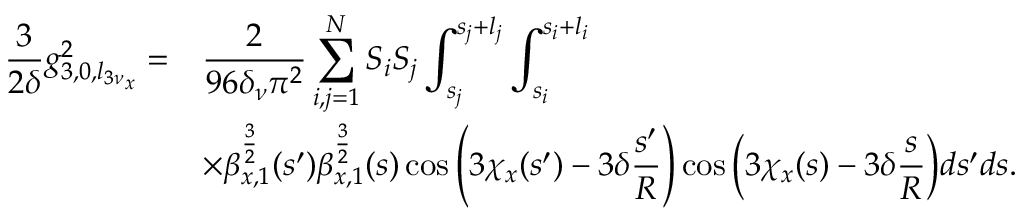
\begin{array} { c l } { \displaystyle \frac { 3 } { 2 \delta } g _ { 3 , 0 , { l _ { 3 \nu } } _ { x } } ^ { 2 } = } & { \displaystyle \frac { 2 } { 9 6 \delta _ { \nu } \pi ^ { 2 } } \sum _ { i , j = 1 } ^ { N } { S _ { i } S _ { j } \int _ { s _ { j } } ^ { s _ { j } + l _ { j } } \int _ { s _ { i } } ^ { s _ { i } + l _ { i } } } } \\ & { \displaystyle \times { { \beta _ { x , 1 } ^ { \frac { 3 } { 2 } } ( s ^ { \prime } ) \beta _ { x , 1 } ^ { \frac { 3 } { 2 } } ( s ) \cos { \left( 3 \chi _ { x } ( s ^ { \prime } ) - 3 \delta \frac { s ^ { \prime } } { R } \right) } \cos { \left( 3 \chi _ { x } ( s ) - 3 \delta \frac { s } { R } \right) } d s ^ { \prime } d s } } . } \end{array}